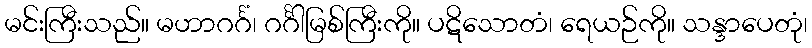
မင်းကြီးသည်။ မဟာဂင်္ဂံ၊ ဂင်္ဂါမြစ်ကြီးကို။ ပဋိသောတံ၊ ရေယဉ်ကို။ သန္ဒာပေတုံ၊